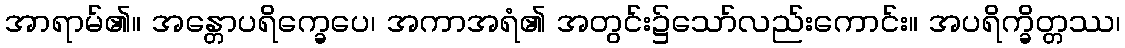
အာရာမ်၏။ အန္တောပရိက္ခေပေ၊ အကာအရံ၏ အတွင်း၌သော်လည်းကောင်း။ အပရိက္ခိတ္တဿ၊